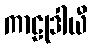
ကာဠုဒါယီ